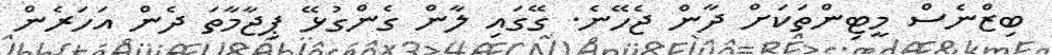
ބިޒްނެސް މީޓިންތަކަށް ދާން ޖެހޭނެ. ގޭގައި ލާން ގެންގުޅޭ ޕިޖާމާތަ ދެން އަހަރެން